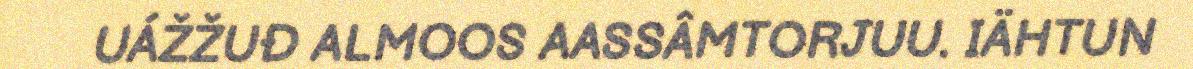
UÁŽŽUĐ ALMOOS AASSÂMTORJUU. IÄHTUN